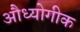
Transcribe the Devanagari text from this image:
औध्योगीक